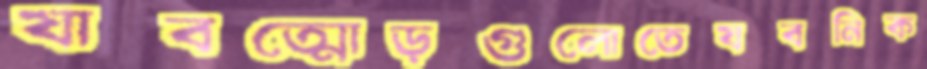
যাবত্মোড়গুলোতেযবনিক